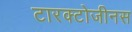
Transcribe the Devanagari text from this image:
टारक्टोजीनस